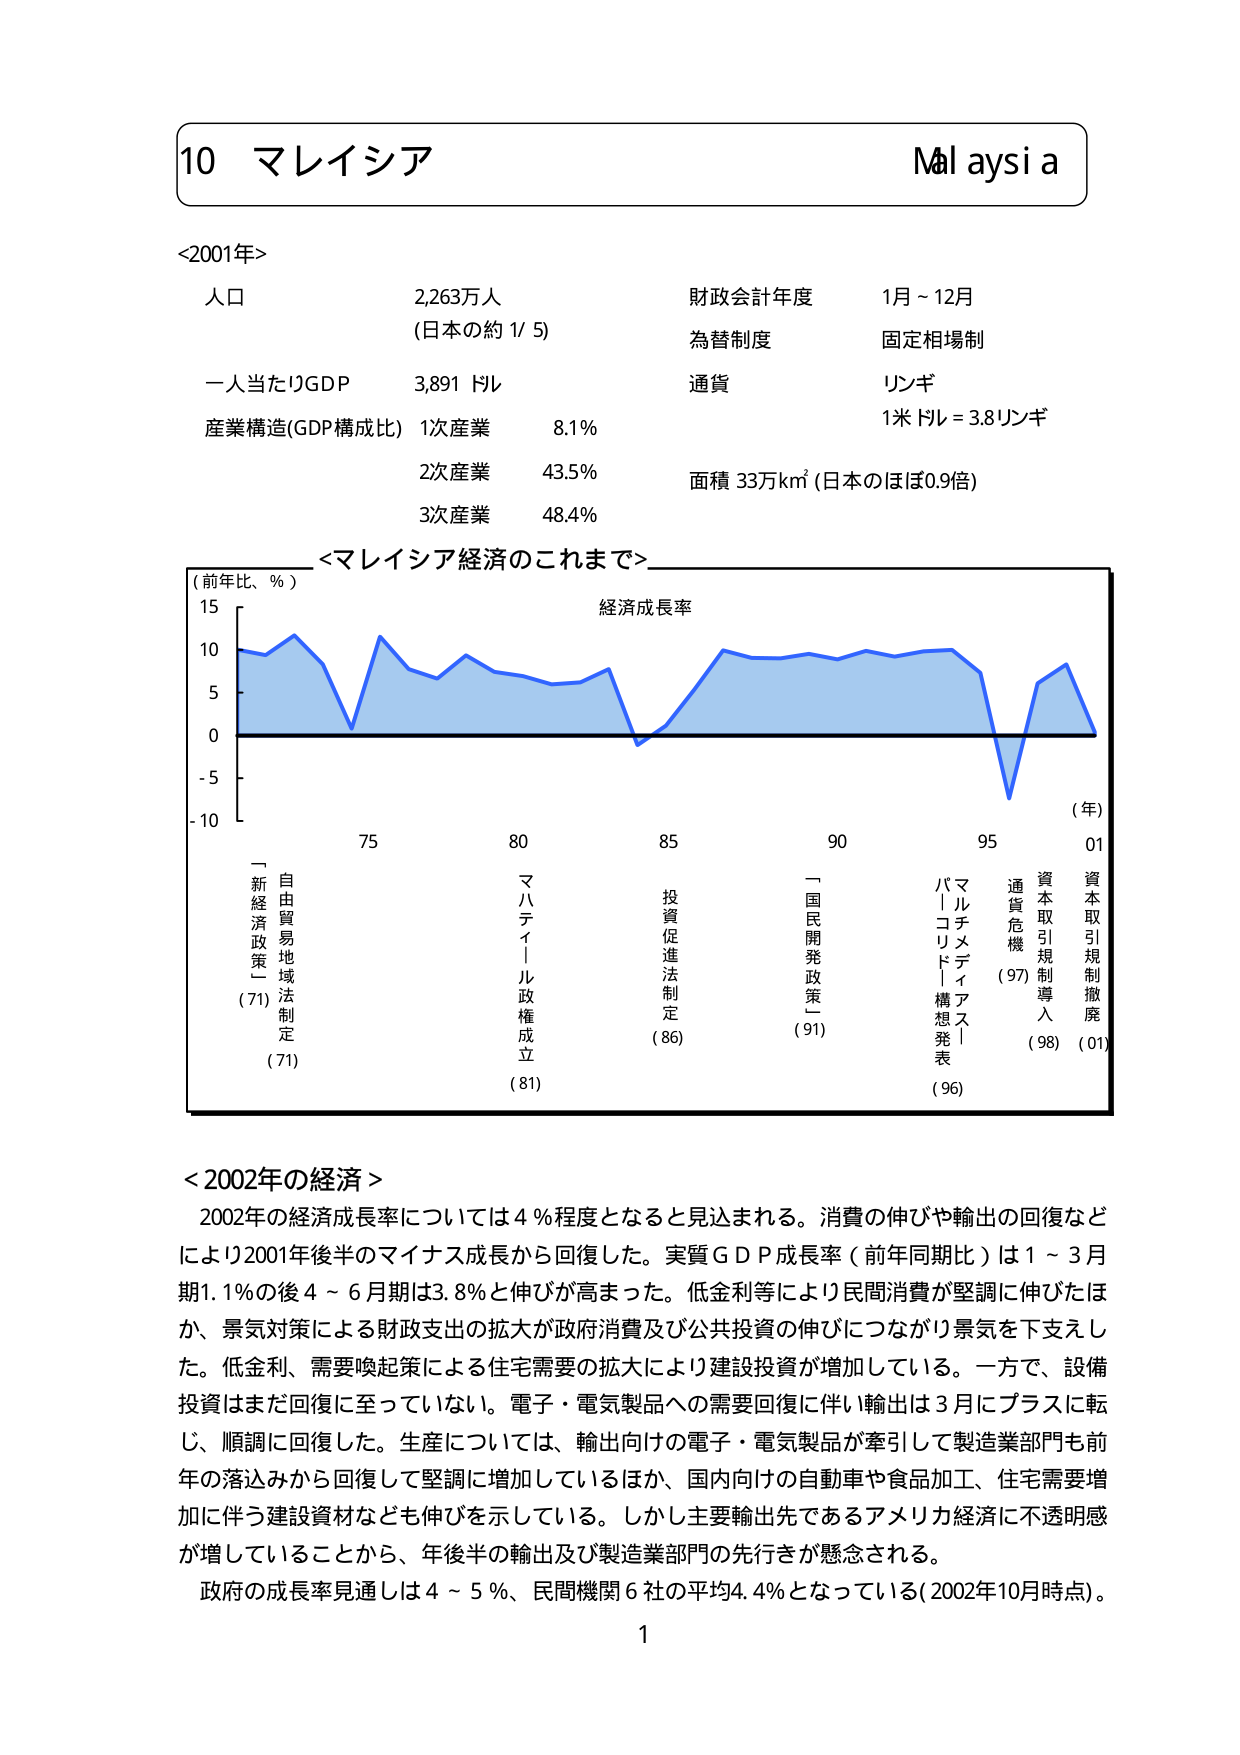
10 マレイシア Malaysia
<2001年>
人口 2,263万人 (日本の約1/5)
一人当たりGDP 3,891ドル
産業構造(GDP構成比) 1次産業 8.1%
2次産業 43.5%
3次産業 48.4%
財政会計年度 1月～12月
為替制度 固定相場制
通貨 リンギ
1米ドル = 3.8リンギ
面積 33万km² (日本のほぼ0.9倍)

<マレイシア経済のこれまで>
(前年比、％)
経済成長率
(年)
15
10
5
0
-5
-10
75 80 85 90 95 01
「新経済政策」(71)
自由貿易地域法制定(71)
マハティール政権成立(81)
投資促進法制定(86)
「国民開発政策」(91)
マルチメディアス|
「バーコリド」構想発表(96)
通貨危機(97)
資本取引規制導入(98)
資本取引規制撤廃(01)

<2002年の経済>
2002年の経済成長率については4％程度となると見込まれる。消費の伸びや輸出の回復などにより2001年後半のマイナス成長から回復した。実質GDP成長率（前年同期比）は1～3月期1.1％の後4～6月期は3.8％と伸びが高まった。低金利等により民間消費が堅調に伸びたほか、景気対策による財政支出の拡大が政府消費及び公共投資の伸びにつながり景気を下支えした。低金利、需要喚起策による住宅需要の拡大により建設投資が増加している。一方で、設備投資はまだ回復に至っていない。電子・電気製品への需要回復に伴い輸出は3月にプラスに転じ、順調に回復した。生産については、輸出向けの電子・電気製品が牽引して製造業部門も前年の落込みから回復して堅調に増加しているほか、国内向けの自動車や食品加工、住宅需要増加に伴う建設資材なども伸びを示している。しかし主要輸出先であるアメリカ経済に不透明感が増していることから、年後半の輸出及び製造業部門の先行きが懸念される。
政府の成長率見通しは4～5％、民間機関6社の平均4.4％となっている（2002年10月時点）。
1